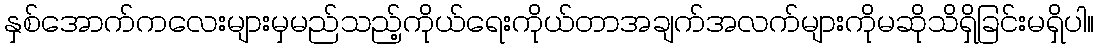
နှစ်အောက်ကလေးများမှမည်သည့်ကိုယ်ရေးကိုယ်တာအချက်အလက်များကိုမဆိုသိရှိခြင်းမရှိပါ။